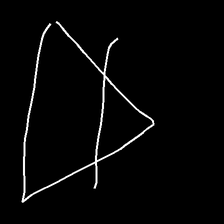
Glyph: empower